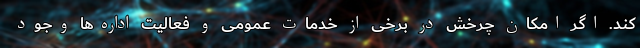
کند. اگر امکان چرخش در برخی از خدمات عمومی و فعالیت اداره‌ها وجود